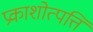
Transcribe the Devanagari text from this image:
प्रकाशोत्पत्ति